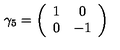
\gamma _ { 5 } = \left( \begin{array} { c c } { 1 } & { 0 } \\ { 0 } & { - 1 } \\ \end{array} \right)